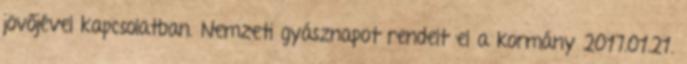
jövőjével kapcsolatban. Nemzeti gyásznapot rendelt el a kormány 2017.01.21.